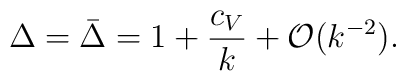
\Delta=\bar\Delta=1+{c_V\over k}+{\cal O}(k^{-2}).